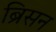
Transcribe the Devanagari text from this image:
ब्रिसन